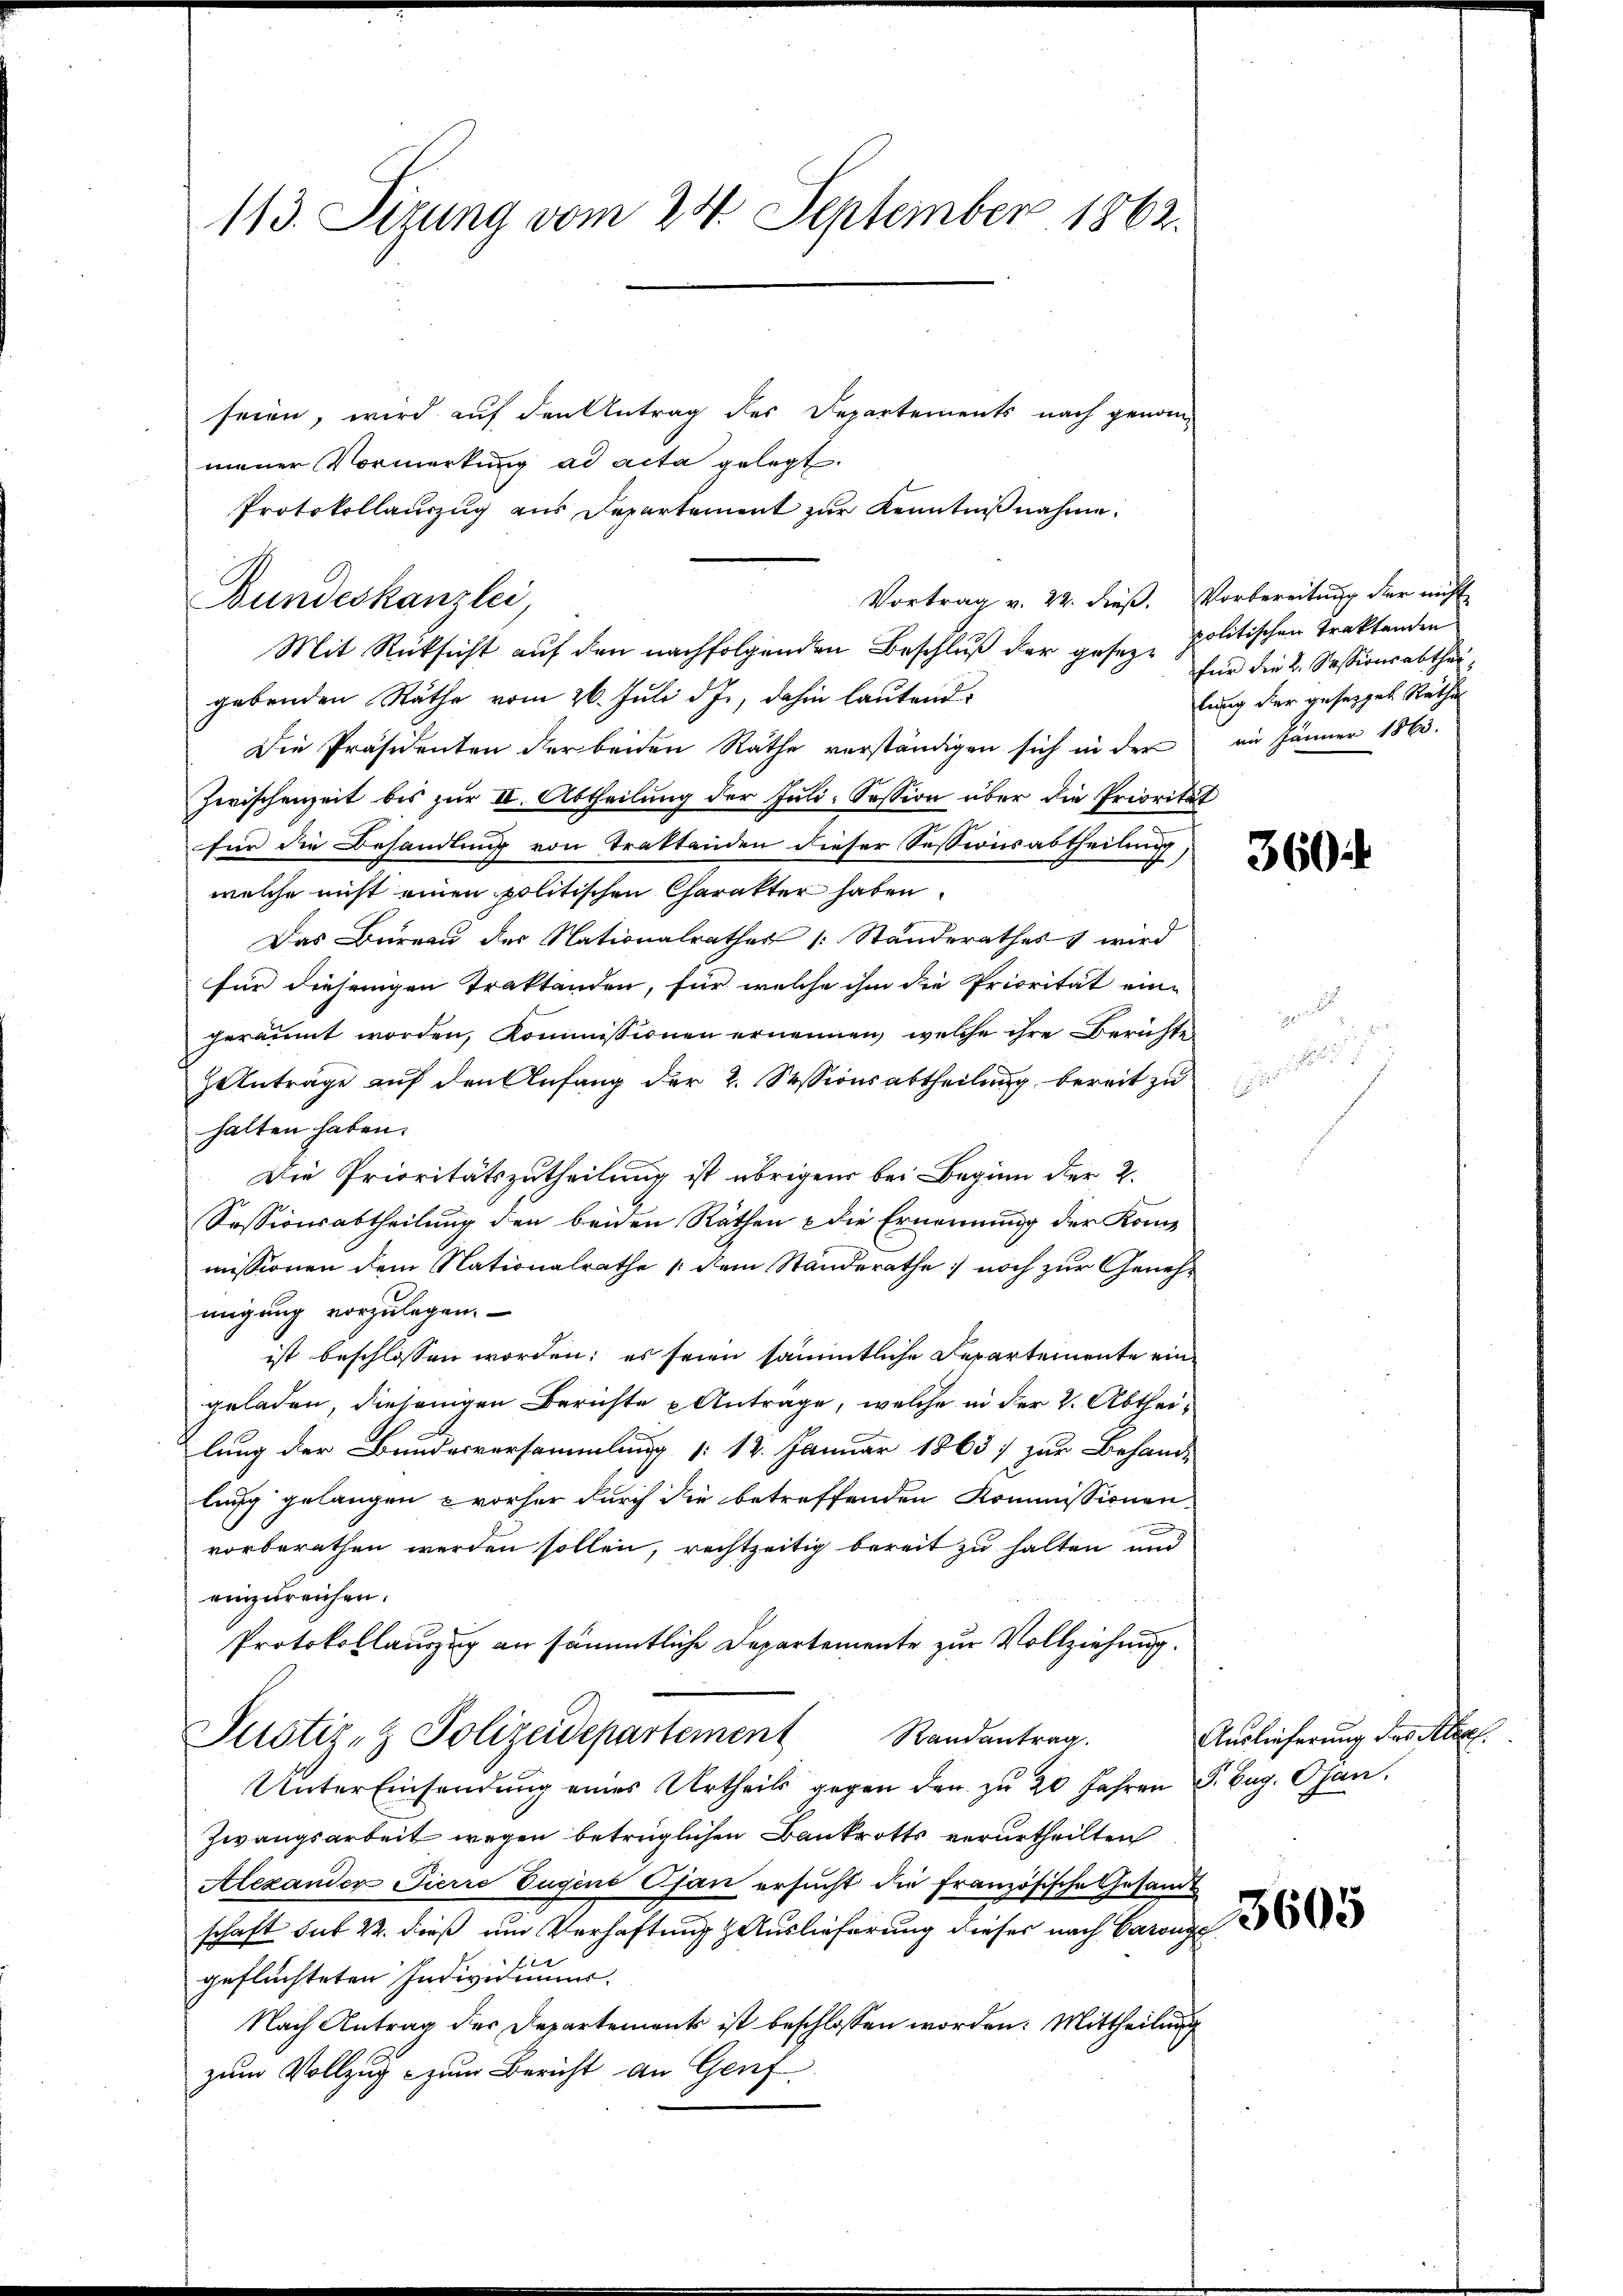
113. Sizung vom 24. September 1862.

seien, wird auf den Antrag des Departements nach genommener Vormerkung ad acta gelegt.
Protokollauszug aus Departement zur Kenntnißnahme.
Vortrag v. 22. dieß.
Mit Rücksicht auf den nachfolgenden Beschluß der gesezgebenden Räthe vom 26. Juli d. J., dahin lautend
Die Präsidenten der beiden Rathe verständigen sich in der
Zwischenzeit bis zur II. Abtheilung der Juli-Session über die Priorita
für die Behandlung von Traktanden dieser Sessionsabtheilung,
welche nicht einen politischen Charakter haben.
Das Bureau der Nationalrathes Standerathes wird
für diesengen Traktanden, für welche ihm die Priorität eine
geräumt worden, Kommissionen ernennen, welche ihre Berichte
Antrage auf den Anfang der 2. Sessionsabtheilung bereit zu
halten haben.
Die Prioritätszutheilung ist übrigens bei Beginn der 2.
Sessionsabtheilung den beiden Räthen & die Ernennung der Kommissionen dem Nationalrathe (dem Standerathe noch zur Genehmigung vorzulegen.
ist beschlossen worden; es seien sämmtliche Departemente eingeladen, diejenigen Berichte Antrage, welche in der v. Abtheilung der Bundesversammlung § 12. Januar 1863 zur Behand-
lung gelangen vorher durch die betreffenden Kommissionen-
vorberathen werden sollen, rechtzeitig bereit zu halten und
einzureichen.
Protokollauszug an sämmtliche Departemente zur Vollziehung.
Justiz- & Polizeidepartement Randantrag
Unter Einsendung eines Urtheils gegen den zu 20 Jahren S. Beg. Osan.
Zwangsarbeit wegen betrüglichen Bankrotts verurtheilten
Alexander Pierre Tugene Ojan ersucht die Französische Gesandt
schaft sub 22. dieß um Verhaftung Auslieferung dieser nach Baron
gefluchteten Individuum.
Nach Antrag des Departements ist beschlossen worden. Mittheilung
zum Vollzug zum Bericht an Genf

Bundeskanzlei,

Vorbereitung der nicht
politischen Traktanden
für die 2. Sessionsabthei
lung der gesetzet Rathe
im Jänner 1863.

.

360 f

Auslieferung des Klees